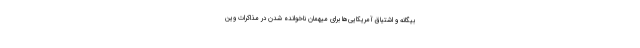
بیگانه و اشتیاق آمریکایی‌ها برای میهمان ناخوانده شدن در مذاکرات وین